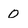
Character: 0